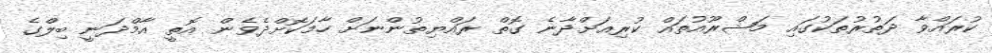
ކުރައްވާ ދަތުރުތަކުގައި މަޝްރޫއުތައް ކުރިއަށްދާނެ ގޮތް ރައްޔިތުންނަށް ހާމަކޮށްދެވެން އޮތީ އާމްދަނީ ބިލްގެ